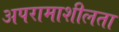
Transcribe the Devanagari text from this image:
अपरामाशीलता